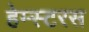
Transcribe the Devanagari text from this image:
हेम्स्टरस